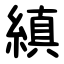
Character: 縝